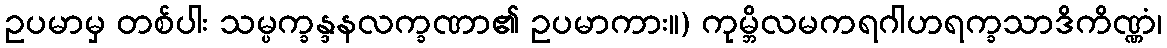
ဥပမာမှ တစ်ပါး သမ္ပက္ခန္ဒနလက္ခဏာ၏ ဥပမာကား။) ကုမ္ဘိလမကရဂါဟရက္ခသာဒိကိဏ္ဏံ၊